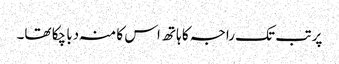
پر تب تک راجہ کا ہاتھ اس کا منہ دبا چکا تھا۔